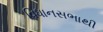
વિધાનસભાથી